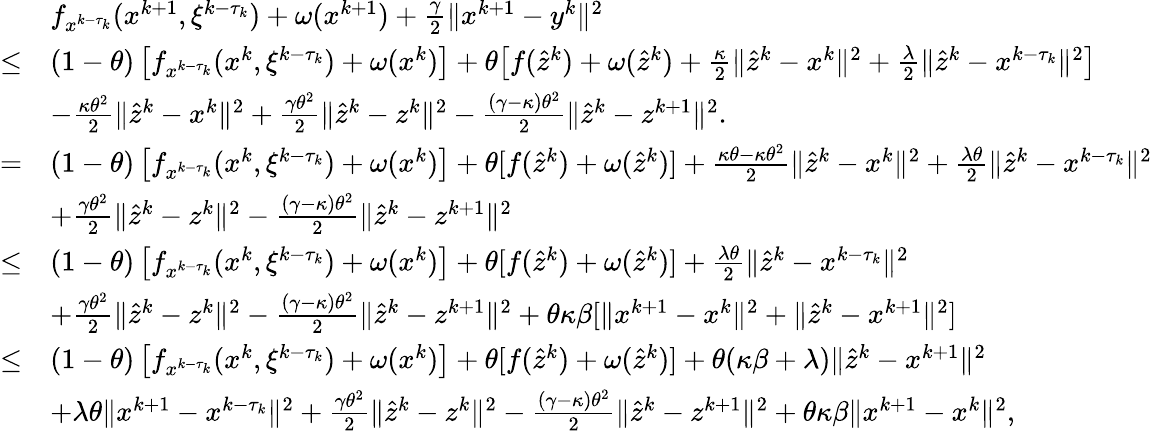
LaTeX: \begin{array}{rl}&{f_{x^{k-\tau_{k}}}(x^{k+1},\xi^{k-\tau_{k}})+\omega(x^{k+1})+\frac{\gamma}{2}\| x^{k+1}-y^{k}\| ^{2}}\\ {\leq}&{(1-\theta)\left[f_{x^{k-\tau_{k}}}(x^{k},\xi^{k-\tau_{k}})+\omega(x^{k})\right]+\theta\big[f(\hat{z}^{k})+\omega(\hat{z}^{k})+\frac{\kappa}{2}\| \hat{z}^{k}-x^{k}\| ^{2}+\frac{\lambda}{2}\| \hat{z}^{k}-x^{k-\tau_{k}}\| ^{2}\big]}\\ &{-\frac{\kappa\theta^{2}}{2}\| \hat{z}^{k}-x^{k}\| ^{2}+\frac{\gamma\theta^{2}}{2}\| \hat{z}^{k}-z^{k}\| ^{2}-\frac{(\gamma-\kappa)\theta^{2}}{2}\| \hat{z}^{k}-z^{k+1}\| ^{2}.}\\ {=}&{(1-\theta)\left[f_{x^{k-\tau_{k}}}(x^{k},\xi^{k-\tau_{k}})+\omega(x^{k})\right]+\theta[f(\hat{z}^{k})+\omega(\hat{z}^{k})]+\frac{\kappa\theta-\kappa\theta^{2}}{2}\| \hat{z}^{k}-x^{k}\| ^{2}+\frac{\lambda\theta}{2}\| \hat{z}^{k}-x^{k-\tau_{k}}\| ^{2}}\\ &{+\frac{\gamma\theta^{2}}{2}\| \hat{z}^{k}-z^{k}\| ^{2}-\frac{(\gamma-\kappa)\theta^{2}}{2}\| \hat{z}^{k}-z^{k+1}\| ^{2}}\\ {\leq}&{(1-\theta)\left[f_{x^{k-\tau_{k}}}(x^{k},\xi^{k-\tau_{k}})+\omega(x^{k})\right]+\theta[f(\hat{z}^{k})+\omega(\hat{z}^{k})]+\frac{\lambda\theta}{2}\| \hat{z}^{k}-x^{k-\tau_{k}}\| ^{2}}\\ &{+\frac{\gamma\theta^{2}}{2}\| \hat{z}^{k}-z^{k}\| ^{2}-\frac{(\gamma-\kappa)\theta^{2}}{2}\| \hat{z}^{k}-z^{k+1}\| ^{2}+\theta\kappa\beta[\| x^{k+1}-x^{k}\| ^{2}+\| \hat{z}^{k}-x^{k+1}\| ^{2}]}\\ {\leq}&{(1-\theta)\left[f_{x^{k-\tau_{k}}}(x^{k},\xi^{k-\tau_{k}})+\omega(x^{k})\right]+\theta[f(\hat{z}^{k})+\omega(\hat{z}^{k})]+\theta(\kappa\beta+\lambda)\| \hat{z}^{k}-x^{k+1}\| ^{2}}\\ &{+\lambda\theta\| x^{k+1}-x^{k-\tau_{k}}\| ^{2}+\frac{\gamma\theta^{2}}{2}\| \hat{z}^{k}-z^{k}\| ^{2}-\frac{(\gamma-\kappa)\theta^{2}}{2}\| \hat{z}^{k}-z^{k+1}\| ^{2}+\theta\kappa\beta\| x^{k+1}-x^{k}\| ^{2},}\end{array}